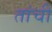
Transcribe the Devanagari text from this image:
तांची